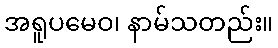
အရူပမေဝ၊ နာမ်သတည်း။